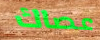
عصاك